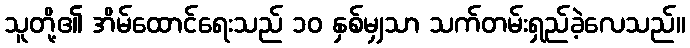
သူတို့၏ အိမ်ထောင်ရေးသည် ၁၀ နှစ်မျှသာ သက်တမ်းရှည်ခဲ့လေသည်။